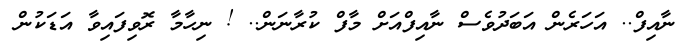
ނާއިފް.. އަހަރެން އަބަދުވެސް ނާއިފްއަށް މާފް ކުރާނަން.. ! ނިހާމާ ރޮވިފައިވާ އަޑަކުން